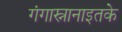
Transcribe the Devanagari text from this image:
गंगास्नानाइतके